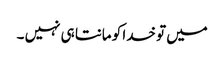
میں تو خدا کو مانتا ہی نہیں ۔